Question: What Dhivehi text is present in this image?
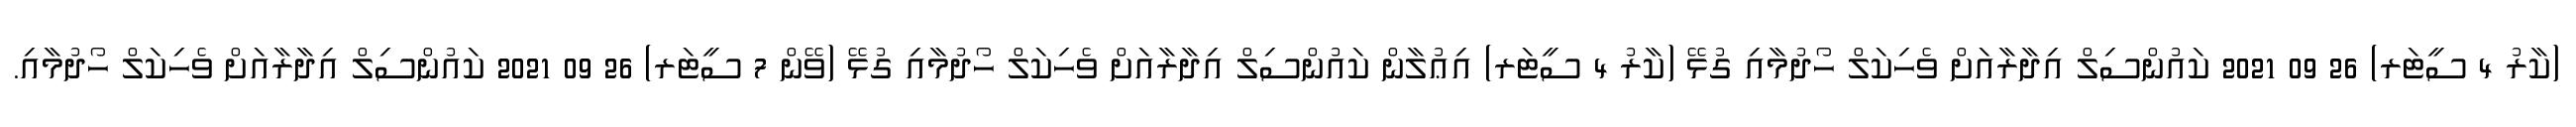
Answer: (ކާރު 4 ސީޓަރ) 26 09 2021 ކައުންސިލް އިދާރާއަށް ވެހިކަލް ހޯދުމާއި ގުޅޭ (ކާރު 4 ސީޓަރ) އިޢުލާން ކައުންސިލް އިދާރާއަށް ވެހިކަލް ހޯދުމާއި ގުޅޭ (ވޭން 7 ސީޓަރ) 26 09 2021 ކައުންސިލް އިދާރާއަށް ވެހިކަލް ހޯދުމާއި.